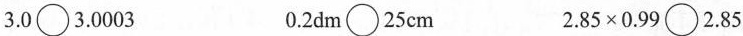
3.0\bigcirc3.0003 0.2dm\bigcirc25cm 2.85\times0.99\bigcirc2.85